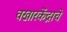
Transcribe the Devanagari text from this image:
वखारकेंद्राचे